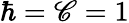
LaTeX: \hbar=\mathscr{C}=1